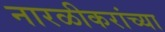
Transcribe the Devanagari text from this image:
नारळीकरांच्या